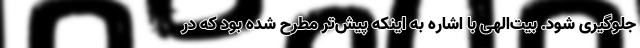
جلوگیری شود. بیت‌الهی با اشاره به اینکه پیش‌تر مطرح شده بود که در